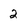
Character: 2